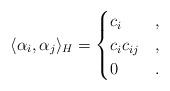
LaTeX: \begin{align*}\langle \alpha_i, \alpha_j \rangle_H = \begin{cases}c_i&,\\c_ic_{ij}&,\\0&.\end{cases}\end{align*}